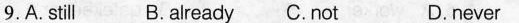
9.A. still B.already C.not D.never